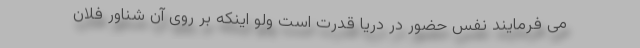
می فرمایند نفس حضور در دریا قدرت است ولو اینکه بر روی آن شناور فلان